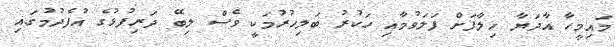
މައިމީހާ އާދަޔާ ޚިލާފަށް ފަލަވުމާއި ހަކުރު ބަލިހުރުމަކީ ވެސް ލިބޭ ދަރިފުޅުގެ އުފެދުމުގައި